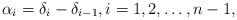
LaTeX: \begin{gather*}\alpha_{i}=\delta_{i}-\delta_{i-1},i=1,2,\dots,n-1,\end{gather*}